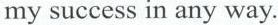
my success in any way.